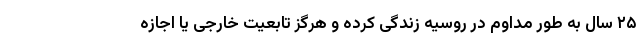
۲۵ سال به طور مداوم در روسیه زندگی کرده و هرگز تابعیت خارجی یا اجازه